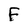
Character: F